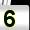
Digit: 5